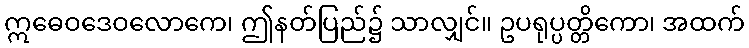
ဣဓေဝဒေဝလောကေ၊ ဤနတ်ပြည်၌ သာလျှင်။ ဥပရုပ္ပတ္တိကော၊ အထက်